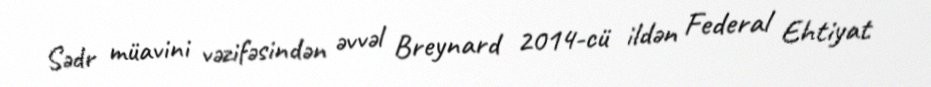
Sədr müavini vəzifəsindən əvvəl Breynard 2014-cü ildən Federal Ehtiyat